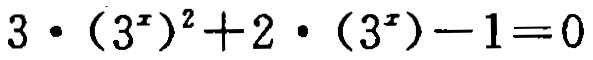
\(3\cdot(3^{x})^{2}+2\cdot(3^{x}) - 1 = 0\)